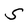
Character: S